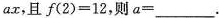
a x$$，且$$f ( 2 ) = 1 2$$，则$$a = ___$$.